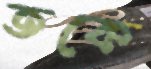
তকে